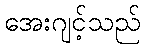
အေးဂျင့်သည်